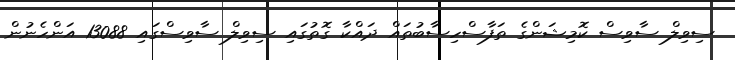
ސިވިލް ސާވިސް ކޮމިޝަންގެ ތަފާސްހިސާބުތައް ދައްކާ ގޮތުގައި ސިވިލް ސާވިސްގައި 13088 އަންހެނުން